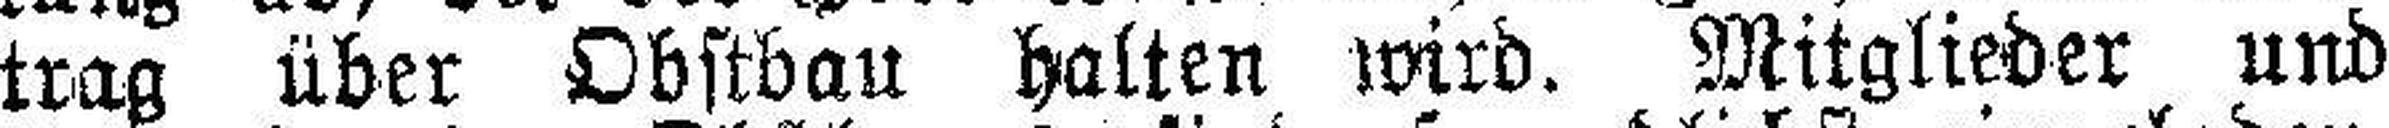
trag über Obstbau halten wird. Mitglieder und